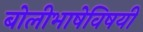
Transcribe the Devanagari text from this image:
बोलीभाषेविषयी